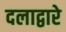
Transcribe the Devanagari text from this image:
दलाद्वारे